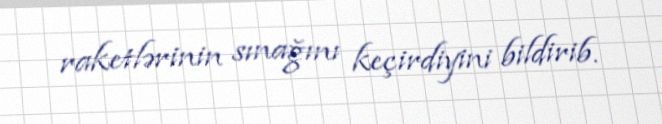
raketlərinin sınağını keçirdiyini bildirib.